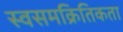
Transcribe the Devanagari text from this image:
स्वसमक्रितिकता